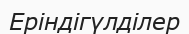
Еріндігүлділер